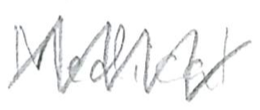
Text: Medical
Cross-out: zig-zag
Writing tool: pencil